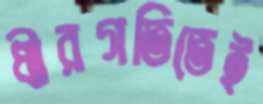
ধীরগতিতেই